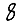
Digit: 8